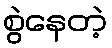
စွဲနေတဲ့